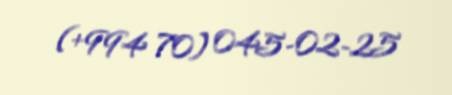
(+994 70) 045-02-25